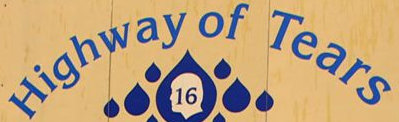
Highway of Tears